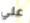
علي